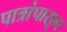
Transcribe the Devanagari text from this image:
पात्रांपासून